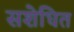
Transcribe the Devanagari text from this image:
सशेधित